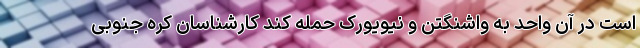
است در آن واحد به واشنگتن و نیویورک حمله کند کارشناسان کره جنوبی